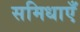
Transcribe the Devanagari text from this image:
समिधाएँ